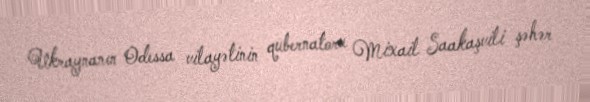
Ukraynanın Odessa vilayətinin qubernatoru Mixail Saakaşvili şəhər